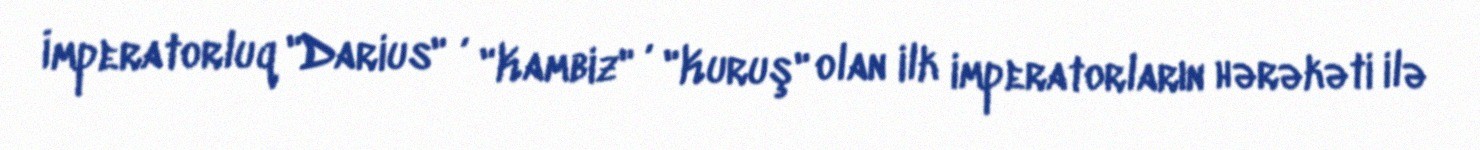
İmperatorluq "Darius" , "Kambiz" , "Kuruş" olan ilk imperatorların hərəkəti ilə